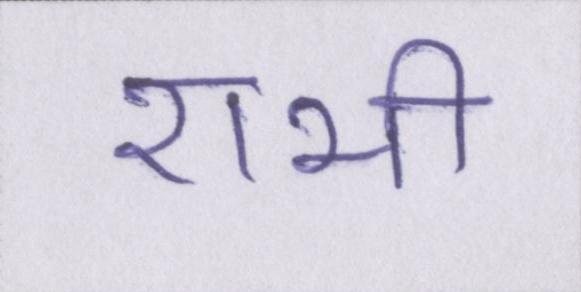
राभी